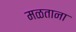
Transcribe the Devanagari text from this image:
मळताना